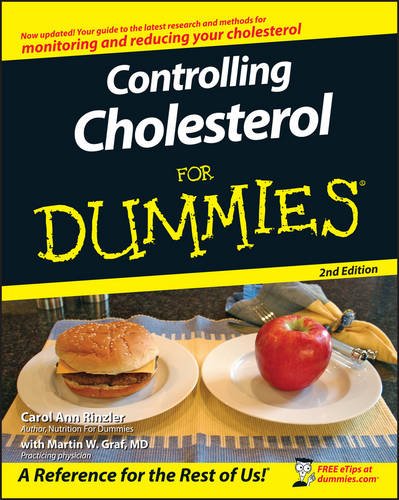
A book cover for Controlling Cholesterol For Dummies; Carol Ann Rinzler; Cookbooks, Food & Wine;